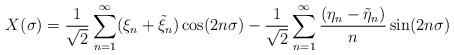
LaTeX: \begin{align*}X(\sigma) = {1\over \sqrt{2}} \sum_{n=1}^\infty (\xi_n + \tilde \xi_n) \cos(2n\sigma) - {1\over \sqrt{2}} \sum_{n=1}^\infty {(\eta_n - \tilde \eta_n)\over n} \sin(2n\sigma)\end{align*}